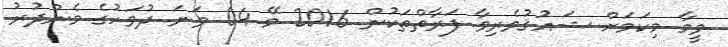
ވީމާ މިކަމަށް ޝައުޤުވެރިވާ ފަރާތްތަކުން 2016 މޭ 04 ވަނަ ދުވަހުގެ މެންދުރު